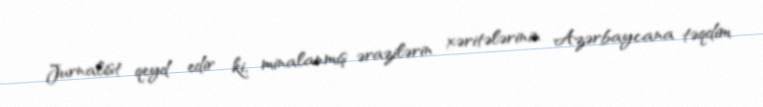
Jurnalist qeyd edir ki, minalanmış ərazilərin xəritələrinin Azərbaycana təqdim